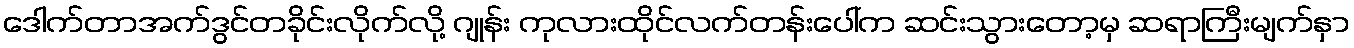
ဒေါက်တာအက်ဒွင်တခိုင်းလိုက်လို့ ဂျုန်း ကုလားထိုင်လက်တန်းပေါ်က ဆင်းသွားတော့မှ ဆရာကြီးမျက်နှာ